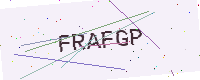
Text: FRAFGP